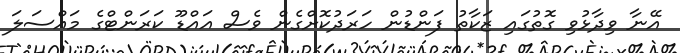
އޭނާ ވިދާޅުވި ގޮތުގައި ޒަކާތު ފަންޑުން ހަރަދުކޮށްގެން ވެސް އައްޑޫ ކަރަންޓްގެ މައްސަލަ